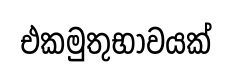
එකමුතුභාවයක්